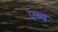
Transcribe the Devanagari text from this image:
एब्ब